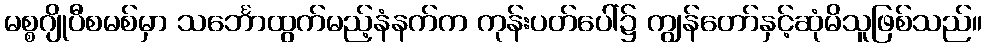
မစ္စဂျိုပီစမစ်မှာ သင်္ဘောထွက်မည့်နံနက်က ကုန်းပတ်ပေါ်၌ ကျွန်တော်နှင့်ဆုံမိသူဖြစ်သည်။